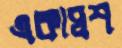
একাদ্বশ